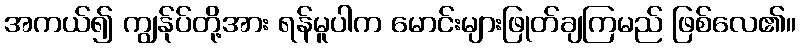
အကယ်၍ ကျွန်ုပ်တို့အား ရန်မူပါက မောင်းများဖြုတ်ချကြမည် ဖြစ်လေ၏။